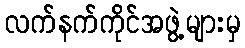
လက်နက်ကိုင်အဖွဲ့များမှ